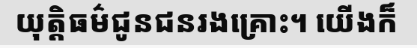
យុត្តិធម៌ជូនជនរងគ្រោះ។ យើងក៏